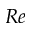
R e